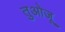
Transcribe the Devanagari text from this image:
तुओजू